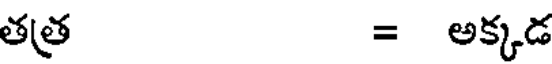
తత్ర = అక్కడ